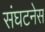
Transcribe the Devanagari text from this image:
संघटनेस